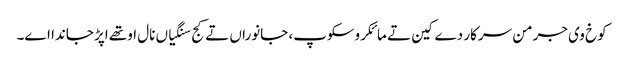
کوخ وی جرمن سرکار دے کین تے مائکروسکوپ، جانوراں تے کج سنگیاں نال اوتھے اپڑ جاندا اے۔